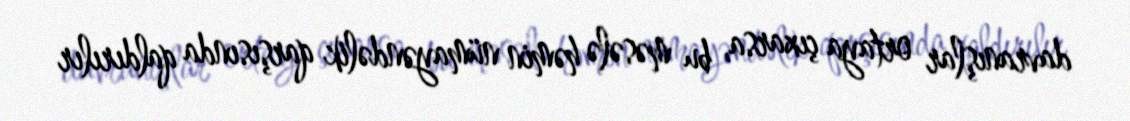
davranışlar ortaya çıxarsa, bu məsələ həmin nümayəndəlik qarşısında qaldırılır